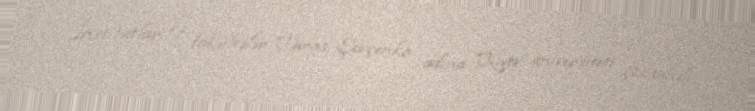
İnstitutlar və fakültələr Taras Şevçenko adına Kiyev universiteti çoxsahəli